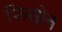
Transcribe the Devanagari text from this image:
फिसोन